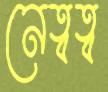
নেত্বত্ব